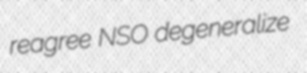
reagree NSO degeneralize